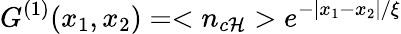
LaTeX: G^{(1)}(x_{1},x_{2})=<n_{c\mathcal{H}}>e^{-|x_{1}-x_{2}|/\xi}